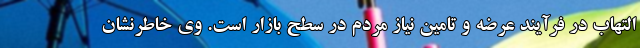
التهاب در فرآیند عرضه و تامین نیاز مردم در سطح بازار است. وی خاطرنشان